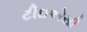
ટીઇએસી